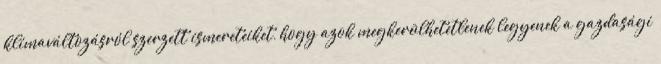
klímaváltozásról szerzett ismereteiket, hogy azok megkerülhetetlenek legyenek a gazdasági